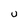
Character: U